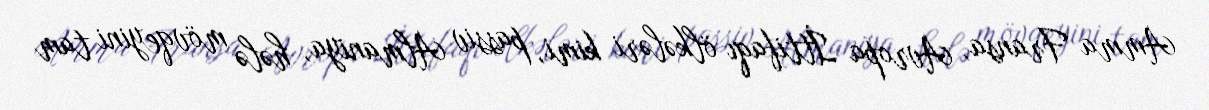
Amma Fransa, Avropa İttifaqı ölkələri kimi, passiv Almaniya, hələ mövqeyini tam